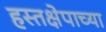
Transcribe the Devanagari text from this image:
हस्तक्षेपाच्या